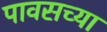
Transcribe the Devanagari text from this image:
पावसच्या